Vabadussoja_Ajaloo_Komitee, lk 10
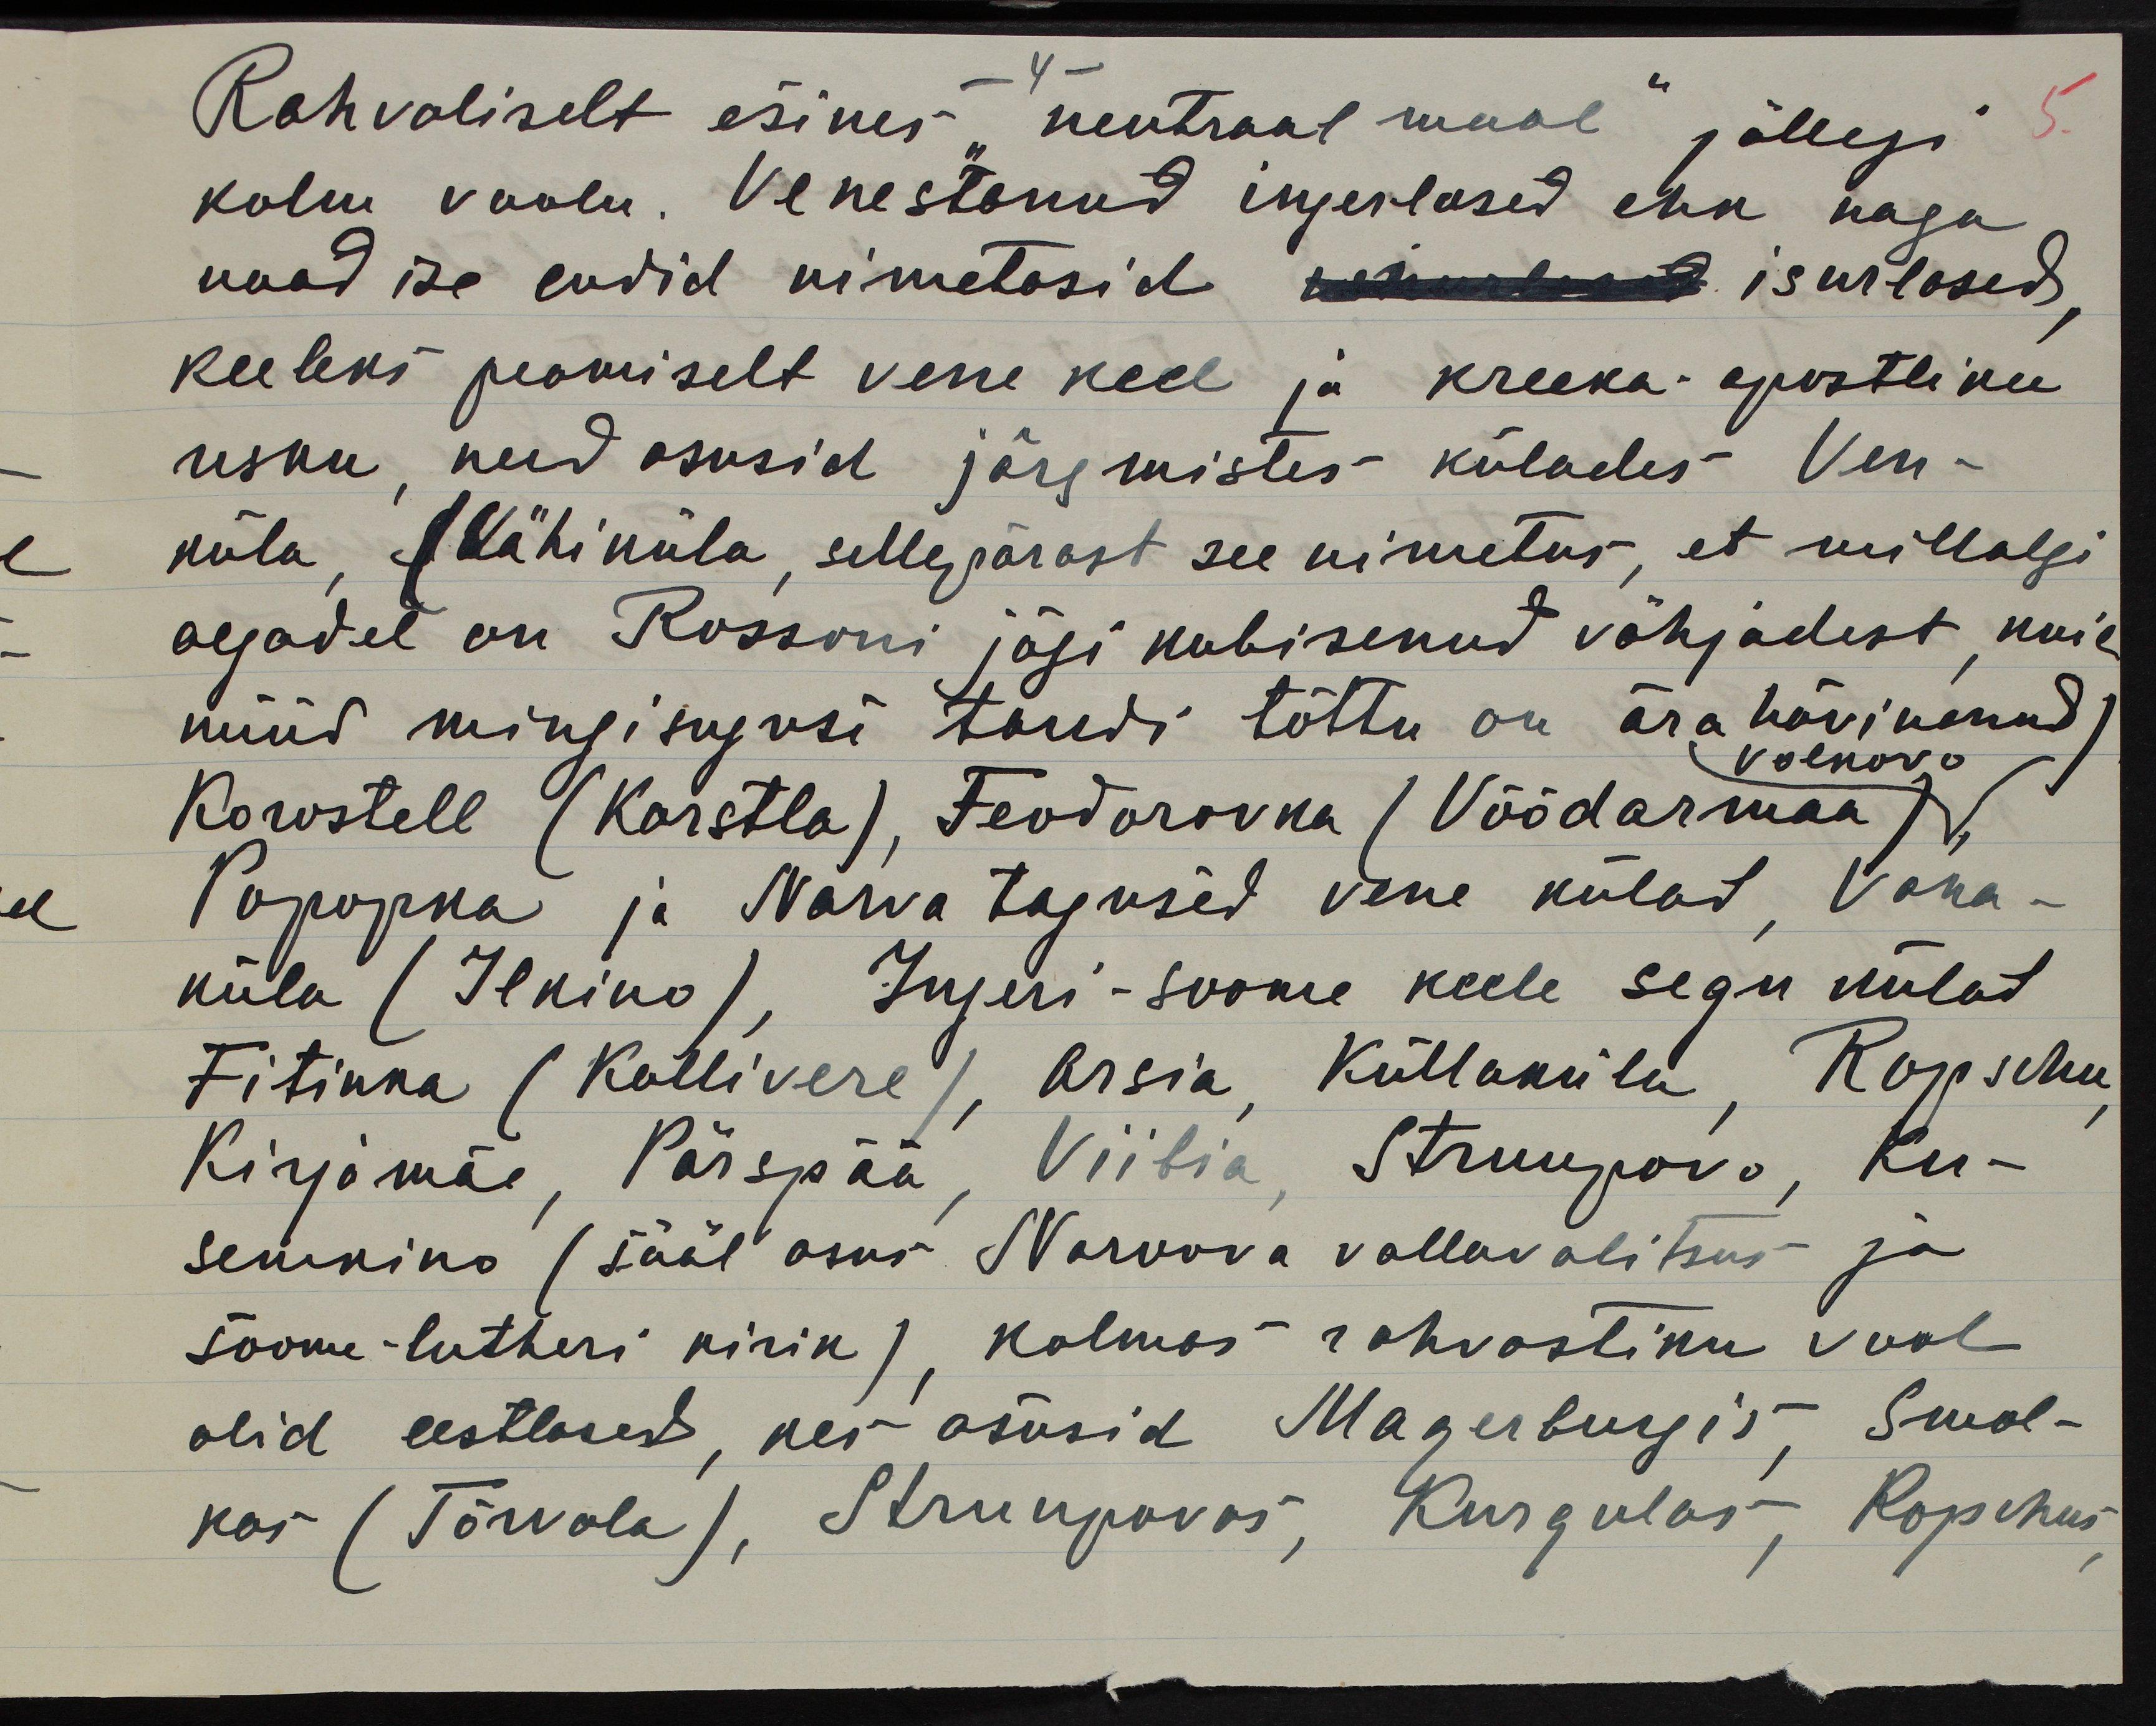
Rahvaliselt esines "neutraal maal" jällegi
kolm voolu. Venestanud ingerlased ehk nagu
naad ise endid nimetasid kohtulnud isurlased,
keeleks peamiselt vene keel ja kreeka-apostliku
usku, need asusid järgmistes külades Ven-
küla, (Vähiküla, sellepärast see nimetus, et millalgi
aegadel on Rossoni jõgi kubisenud vähjadest, kuid
nüüd mingisuguse taudi tõttu on ära hävinenud)
Volkovo
Korostell (Karstla), Feodorovka (Vöödarmaa),
Ророрkа ja Narva tagused vene külad, Vana-
küla (Ilkino), Ingeri-soome keele segu külad
Fitinka (Kallivere), Arsia, Küllaküla, Ropschu,
Kirjomäe, Pärspää, Viitia, Struupovo, Ku-
semkino (sääl asus Naroova vallavalitsus ja
soome-lutheri kirik), kolmas rahvastiku vool
olid eestlased, kes asusid Magerburgis, Smol-
kas (Tõrvola), Struupovas, Kurgulas, Ropchus